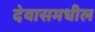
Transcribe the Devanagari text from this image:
देवासमधील